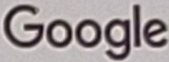
Google